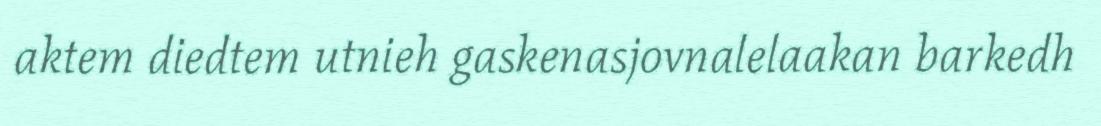
aktem diedtem utnieh gaskenasjovnalelaakan barkedh